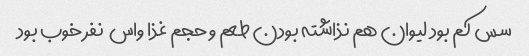
سس کم بود لیوان هم نذاشته بودن طعم و حجم غذا واس  نفر خوب بود